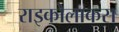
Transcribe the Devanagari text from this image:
राइकोलाकस